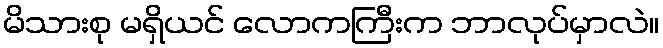
မိသားစု မရှိယင် လောကကြီးက ဘာလုပ်မှာလဲ။